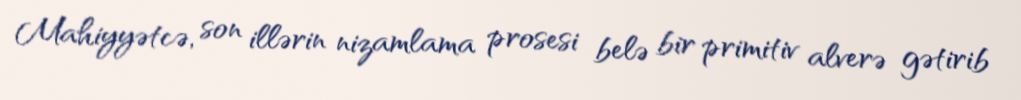
Mahiyyətcə, son illərin nizamlama prosesi belə bir primitiv alverə gətirib